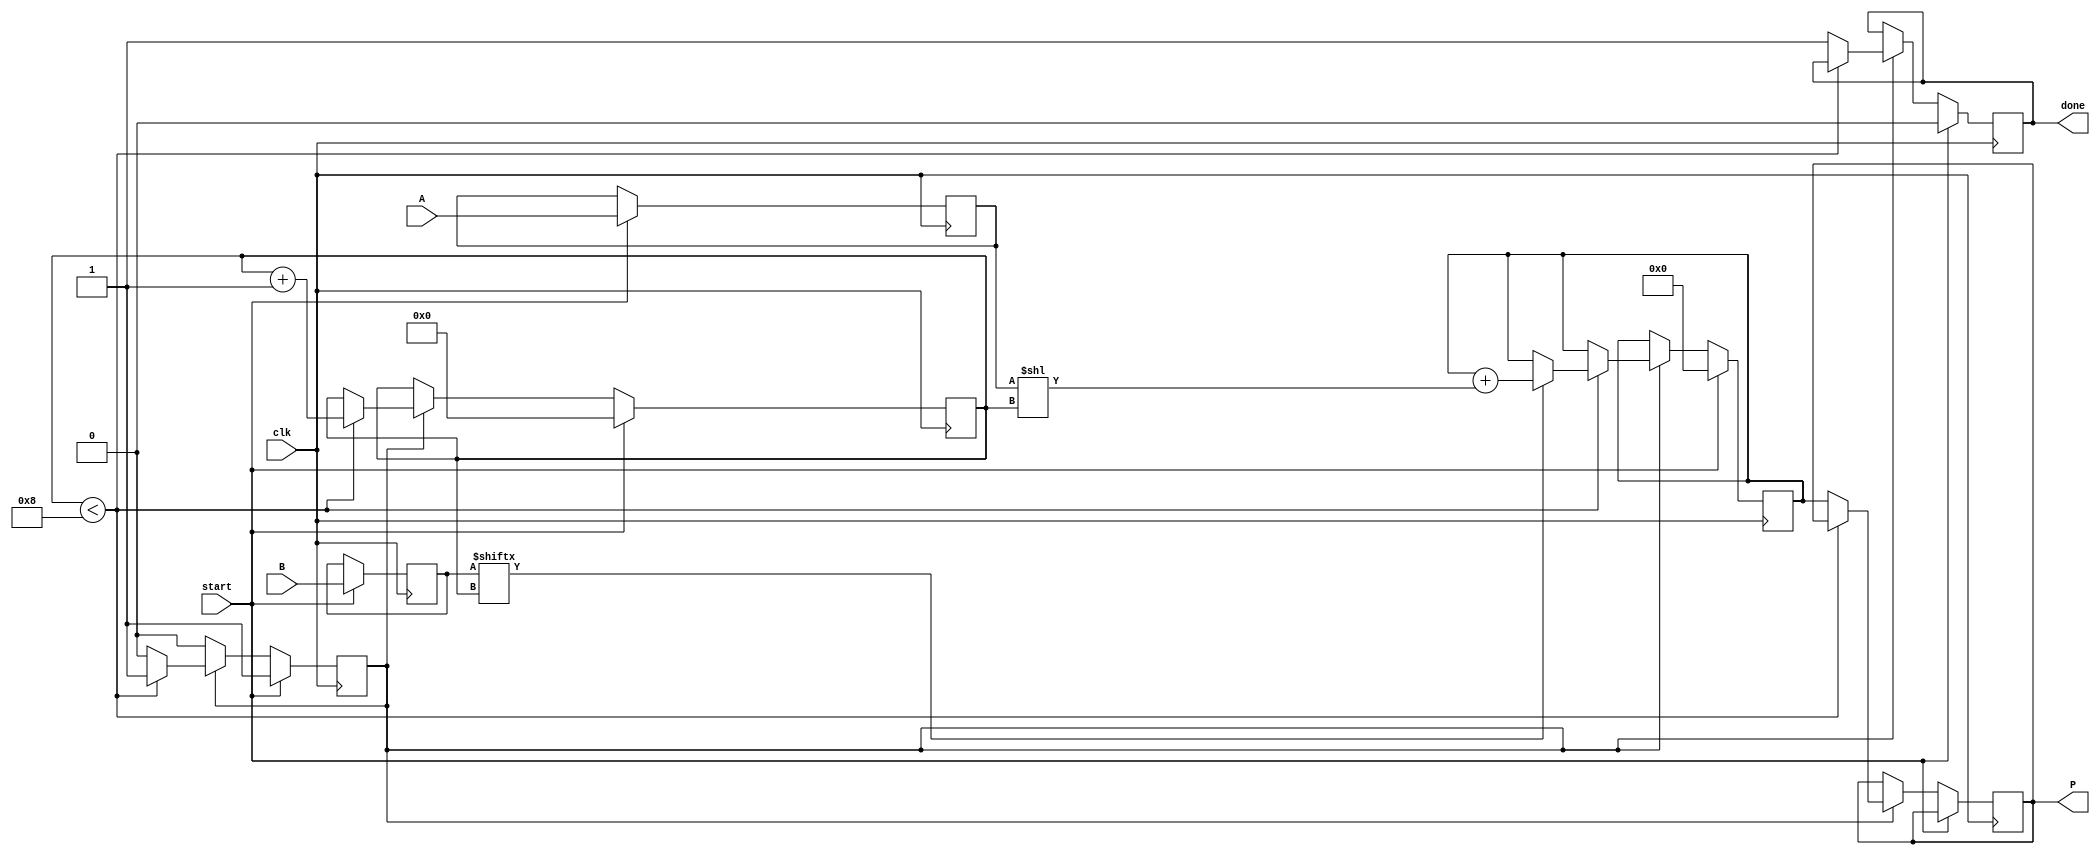
module radix2_multiplier #(parameter N = 8) (
    input  wire [N-1:0] A,        // First operand
    input  wire [N-1:0] B,        // Second operand
    input  wire clk,               // Clock signal
    input  wire start,             // Start signal for multiplication
    output reg [2*N-1:0] P,        // Product output
    output reg done                // Done signal
);

    reg [N-1:0] A_reg;
    reg [N-1:0] B_reg;
    reg [2*N-1:0] sum;
    reg [3:0] count;               // Counter for the number of bits in B
    reg multiplying;               // State flag

    always @(posedge clk) begin
        if (start) begin
            // Initialize registers
            A_reg <= A;
            B_reg <= B;
            sum <= 0;
            count <= 0;
            done <= 0;
            multiplying <= 1;
        end else if (multiplying) begin
            if (count < N) begin
                // Generate partial product and add to sum
                if (B_reg[count]) begin
                    sum <= sum + (A_reg << count);
                end
                count <= count + 1;
            end else begin
                // Finished multiplying
                P <= sum;
                done <= 1;
                multiplying <= 0;
            end
        end
    end
endmodule